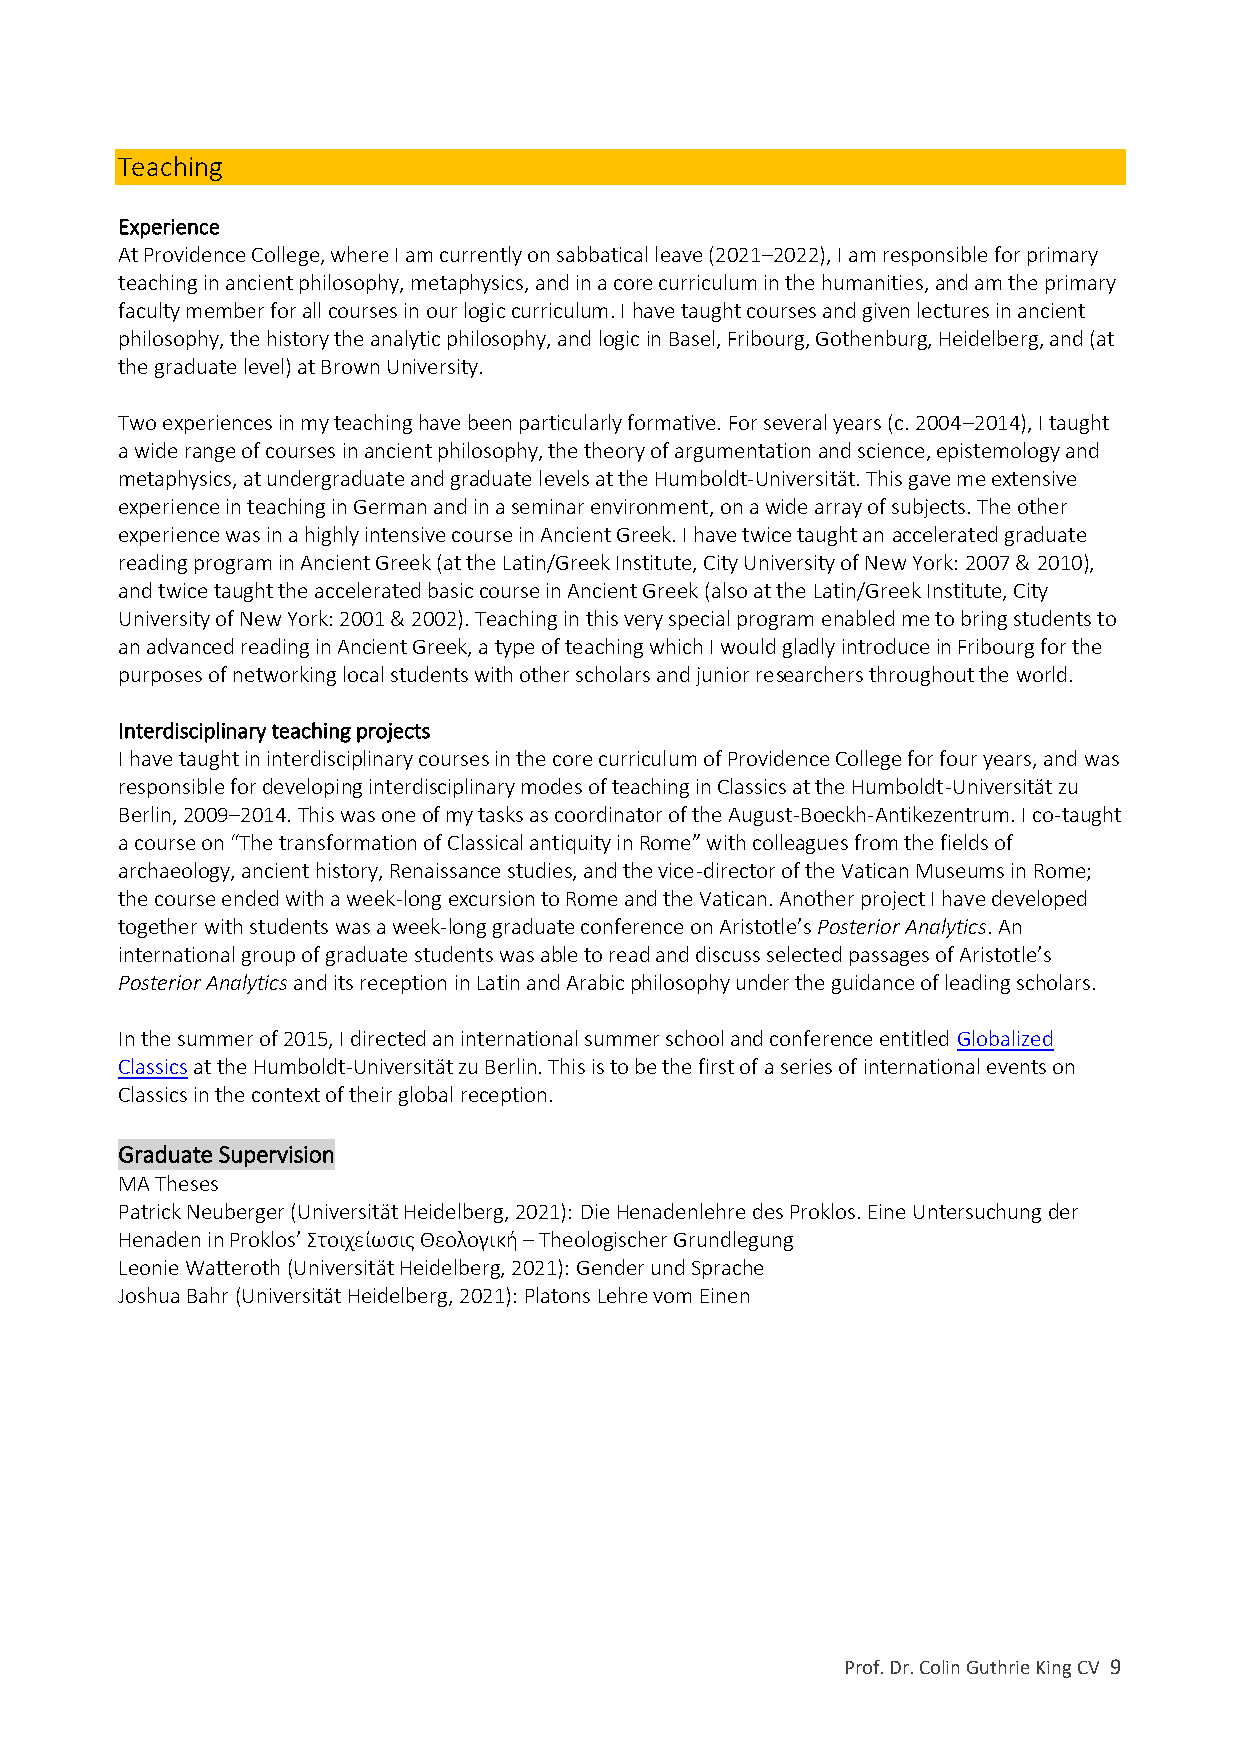
Teaching
 Experience
 At Providence College, where I am currently on sabbatical leave (2021–2022), I am responsible for primary
 teaching in ancient philosophy, metaphysics, and in a core curriculum in the humanities, and am the primary
 faculty member for all courses in our logic curriculum. I have taught courses and given lectures in ancient
 philosophy, the history the analytic philosophy, and logic in Basel, Fribourg, Gothenburg, Heidelberg, and (at
 the graduate level) at Brown University.
 Two experiences in my teaching have been particularly formative. For several years (c. 2004–2014), I taught
 a wide range of courses in ancient philosophy, the theory of argumentation and science, epistemology and
 metaphysics, at undergraduate and graduate levels at the Humboldt-Universität. This gave me extensive
 experience in teaching in German and in a seminar environment, on a wide array of subjects. The other
 experience was in a highly intensive course in Ancient Greek. I have twice taught an accelerated graduate
 reading program in Ancient Greek (at the Latin/Greek Institute, City University of New York: 2007 & 2010),
 and twice taught the accelerated basic course in Ancient Greek (also at the Latin/Greek Institute, City
 University of New York: 2001 & 2002). Teaching in this very special program enabled me to bring students to
 an advanced reading in Ancient Greek, a type of teaching which I would gladly introduce in Fribourg for the
 purposes of networking local students with other scholars and junior researchers throughout the world.
 Interdisciplinary teaching projects
 I have taught in interdisciplinary courses in the core curriculum of Providence College for four years, and was
 responsible for developing interdisciplinary modes of teaching in Classics at the Humboldt-Universität zu
 Berlin, 2009–2014. This was one of my tasks as coordinator of the August-Boeckh-Antikezentrum. I co-taught
 a course on “The transformation of Classical antiquity in Rome” with colleagues from the fields of
 archaeology, ancient history, Renaissance studies, and the vice-director of the Vatican Museums in Rome;
 the course ended with a week-long excursion to Rome and the Vatican. Another project I have developed
 together with students was a week-long graduate conference on Aristotle’s Posterior Analytics. An
 international group of graduate students was able to read and discuss selected passages of Aristotle’s
 Posterior Analytics and its reception in Latin and Arabic philosophy under the guidance of leading scholars.
 In the summer of 2015, I directed an international summer school and conference entitled Globalized
 Classics at the Humboldt-Universität zu Berlin. This is to be the first of a series of international events on
 Classics in the context of their global reception.
 Graduate Supervision
 MA Theses
 Patrick Neuberger (Universität Heidelberg, 2021): Die Henadenlehre des Proklos. Eine Untersuchung der
 Henaden in Proklos’ Στοιχείωσις Θεολογική – Theologischer Grundlegung
 Leonie Watteroth (Universität Heidelberg, 2021): Gender und Sprache
 Joshua Bahr (Universität Heidelberg, 2021): Platons Lehre vom Einen
 Prof. Dr. Colin Guthrie King CV 9